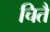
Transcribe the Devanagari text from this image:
चितै